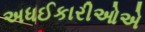
અધઈકારીઓએ